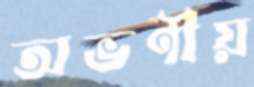
অভণীয়